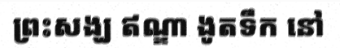
ព្រះសង្ឃ ឥណ្ឌា ងូតទឹក នៅ